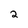
Character: 2